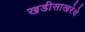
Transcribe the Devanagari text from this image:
खडीसाखरेचे